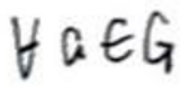
$v _ { a } \in G$